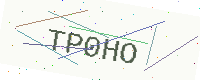
Text: TP0HO